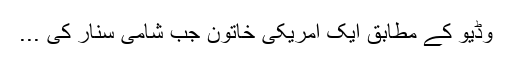
وڈیو کے مطابق ایک امریکی خاتون جب شامی سنار کی ...